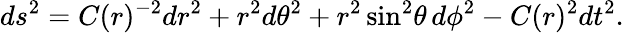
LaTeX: ds^{2}=C(r)^{-2}dr^{2}+r^{2}d\theta^{2}+r^{2}\sin^{2}\! \theta\, d\phi^{2}-C(r)^{2}dt^{2}.